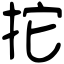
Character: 拕